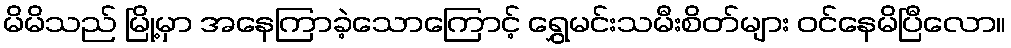
မိမိသည် မြို့မှာ အနေကြာခဲ့သောကြောင့် ရွှေမင်းသမီးစိတ်များ ဝင်နေမိပြီလော။